Saare_Masina-traktorijaam, lk 3
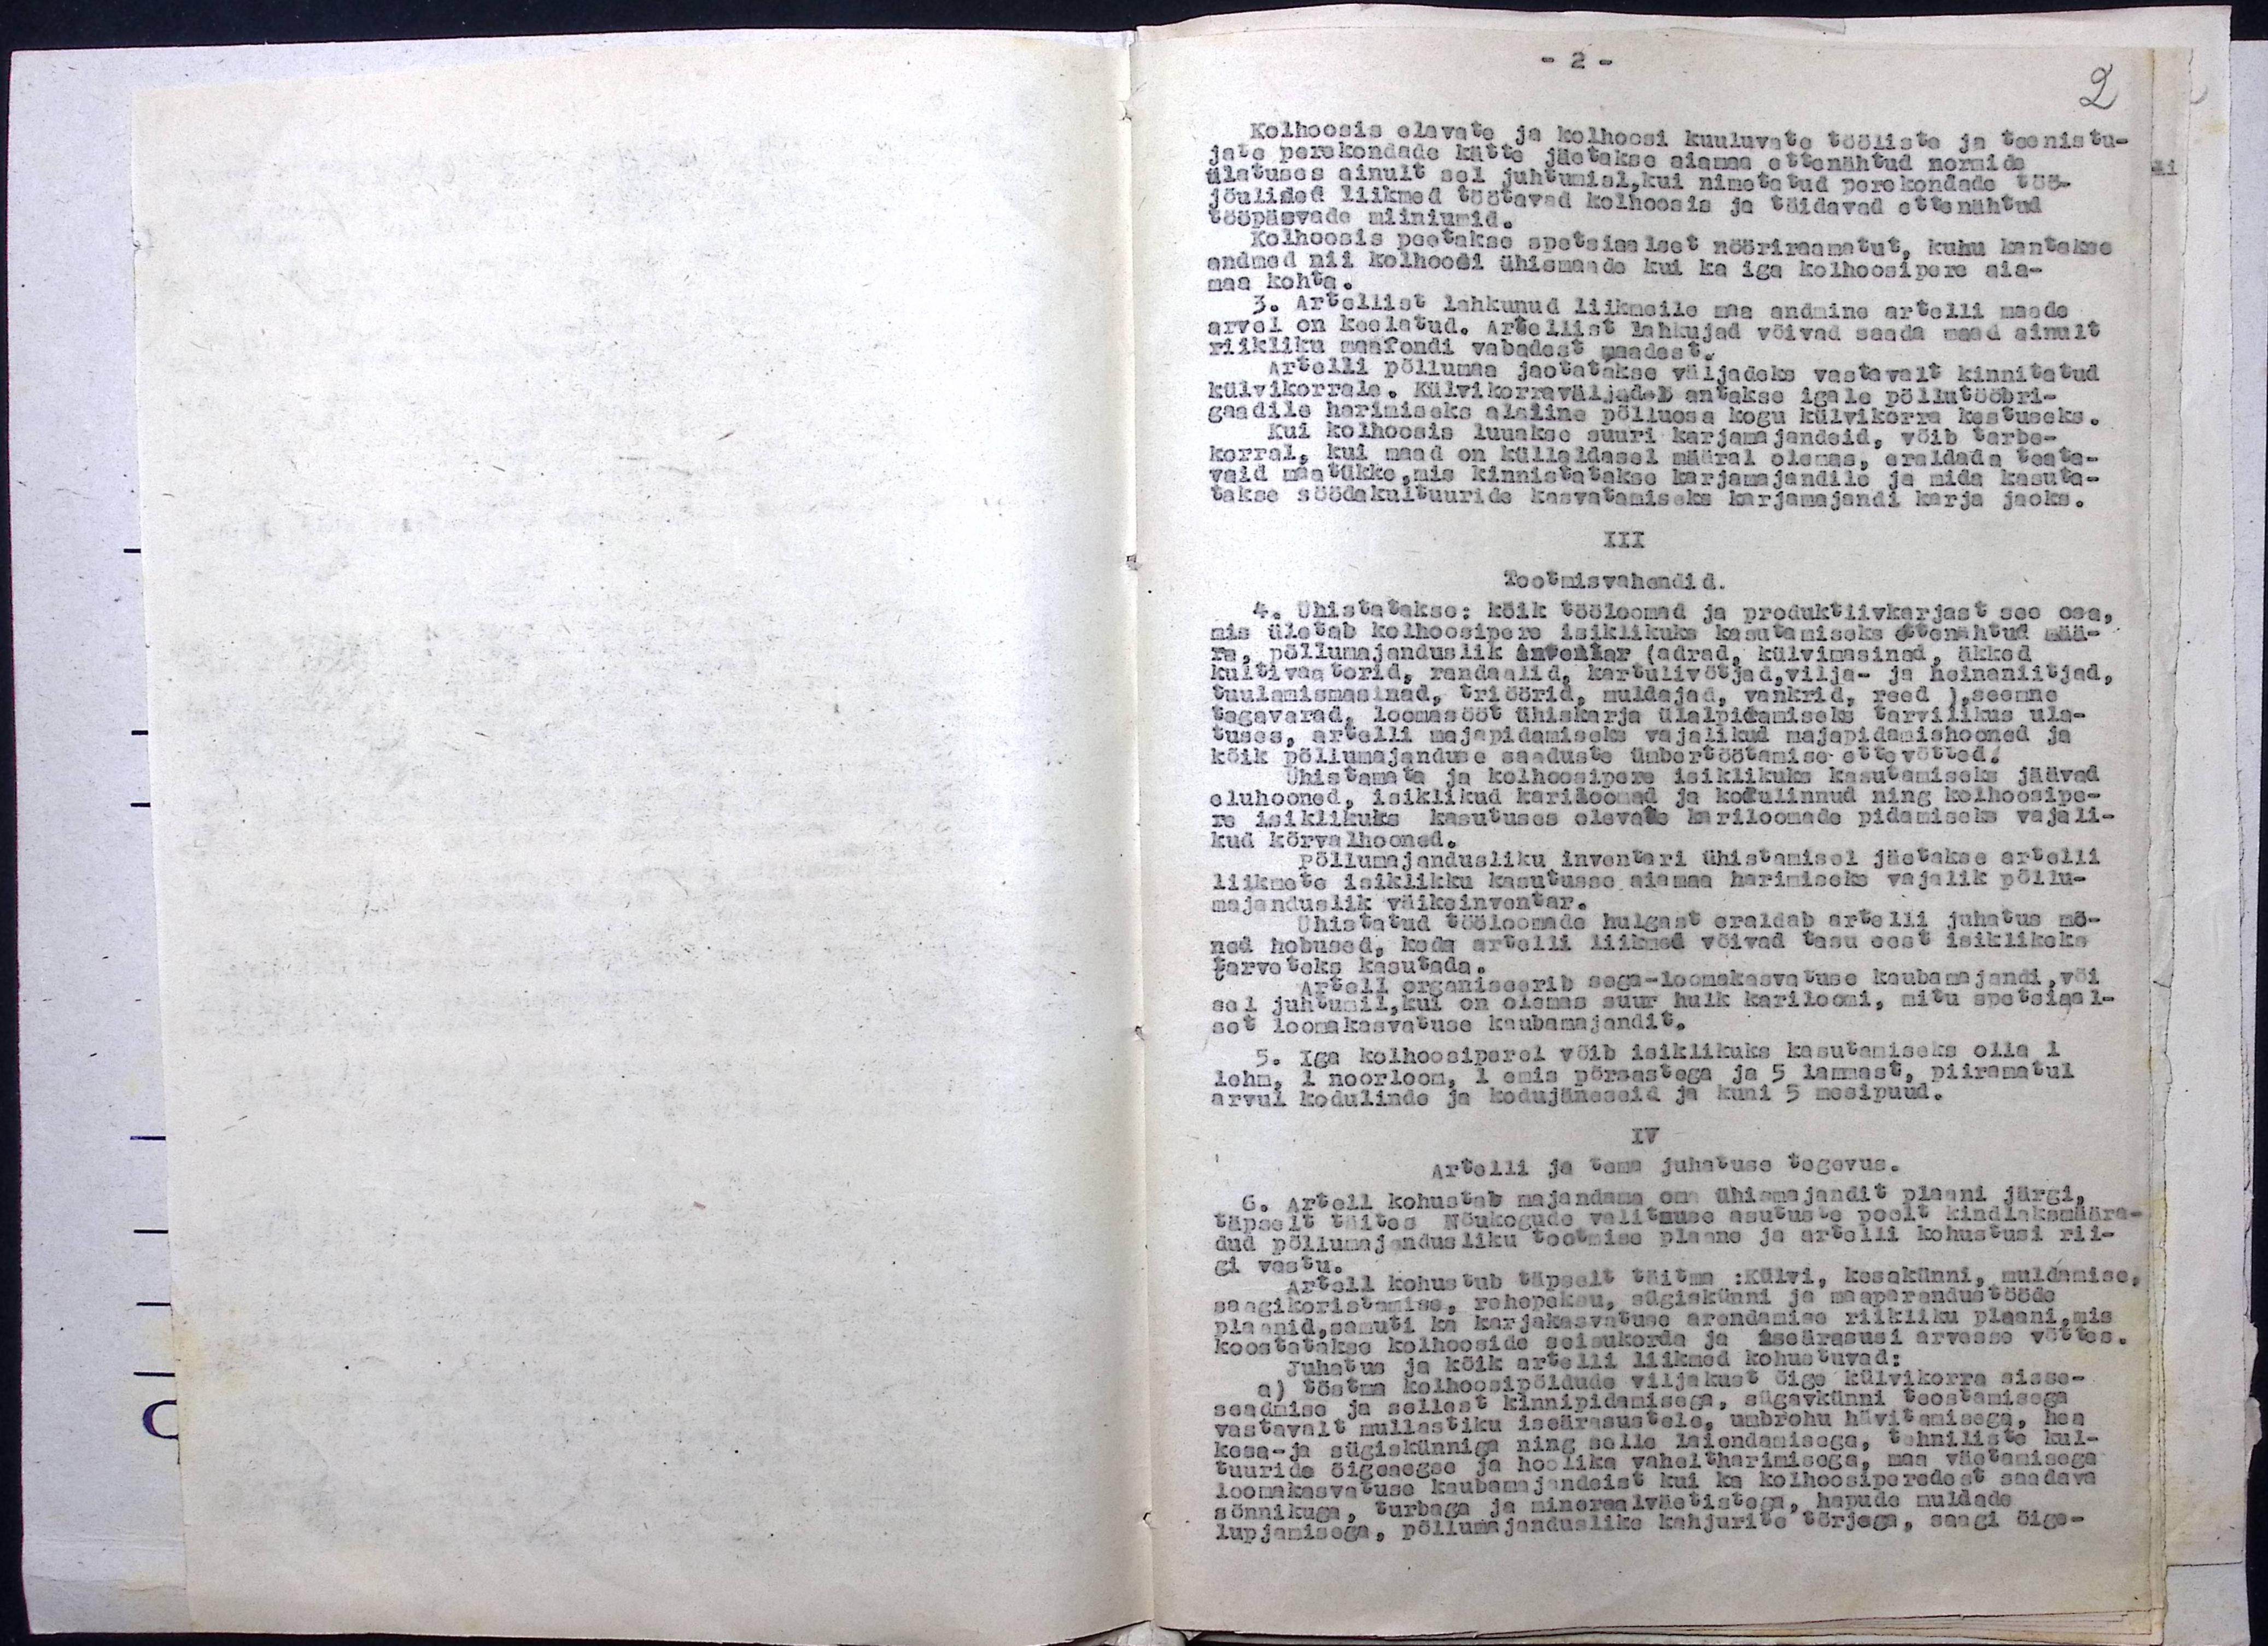
Kolhoosis elavate ja kolhoosi kuuluvate tööliste ja teenistu-
jate perekondade kätte jäetakse aiamaa ettenähtud normide
ületuses ainult sel juhtumisl, kui nimetatud perekondade töö
jõulised liikmed töötavad kolhoosis ja täidavad ettenähtud
tööpäevade miiniumid.
Kolhoosis peetakse spetsiaalset nööriraamatut, kuhu kantakse
andmed nii kolhoosi ühismaade kui ka iga kolhoosipere aia-
maa kohta.
3. Artellist lahkunud liikmeile maa andmine artelli maade
arvel on keelatud. Artellist lahkujad võivad saada maad ainult
riikliku maafondi vabadest maadest.
Artelli põllumaa jaotatakse väljadeks vastavalt kinnitatud
külvikorrale. Külvikorraväljadel antakse igale põllutööbri-
gaadile harimiseks alaline põlluosa kogu külvikorra kestuseks.
Kui kolhoosis luuakse suuri karjamajandeid, võib tarbe-
korral, kui maad on küllaldasel määral olemas, eraldada teata-
vaid maatükke, mis kinnistatakse karjamajandile ja mida kasuta-
takse söödakultuuride kasvatamiseks karjamajandi karja jaoks.
III
Tootmisvahendid.
4. Ühistatakse: kõik tööloomad ja produktiivkarjast see osa,
mis ületab kolhoosipere isiklikuks kasutamiseks ettenähtud mää-
ra, põllumajanduslik inventar (adrad, külvimasinud, äkked
kultivaatorid, randaalid, kartulivõtjad vilja- ja heinaniitjad,
tuulamismasinad, triöörid, muldajad, vankrid, reed), seemne
tagavarad, loomasööt ühiskarja üialpidamiseks tarvilikus ula-
tuses, artelli majapidamiseks vajalikul majapidamishooned ja
kõik põllumajanduse saaduste ümbertöötamise ettevõtted.
Ühistamata ja kolhoosipere isiklikule kasutamiseks jäävad
eluhooned, isiklikud kariloomad ja kodulinnud ning kolhoosipe-
re isiklikuks kasutuses olevate kariloomade pidamiseks vajali-
kud kõrvalhooned.
Põllumajandusliku inventari ühistamisel jäetakse artelli
liikmete isiklikku kasutusse aiamaa harimiseks vajalik põllu-
majanduslik väikeinventar.
Ühistatud tööloomade hulgast eraldab artelli juhatus mõ-
ned hobused, keda artelli liikmed võivad tasu eest isiklikeks
tarveteks kasutada.
Artell organiseerib sega-loomakasvatuse kaubamajandi, või
sel juhtumil, kui on olemas suur hulk kariloomi, mitu spetsiaal-
set loomakasvatuse kaubamajandit.
5. iga kolhoosiperel võib isiklikuks kasutamiseks olla 1
lehm, 1 noorloom, 1 emis põrsastega ja 5 lammast, piiramatul
arvul kodulinde ja kodujäneseid ja kuni 5 mesipuud.
IV
Artelli ja tema juhatuse tegevus.
6. Artell kohustab majandama oma ühismajanndit plaani järgi,
täpselt täites nõukogude valitsuse asutuste poolt kindlaksmäära-
dud põllumajandusliku tootmise plaane ja artelli kohustusi rii-
gi vastu.
Artell kohustab täpselt täitma:Külvi, kesakünni, muldamise,
saagikoristamise, rehepeksu, sügiskündi ja maaparandustööde
plaanid samuti ka karjakasvatuse arendamise riikliku plaani, mis
koostatakse kolhooside seisukorda ja iseärasusi arvesse võttes.
Juhatus ja kõik artelli liikmed kohustuvad:
a) tõstma kolhoosipõldude viljakust õige külvikorra sisse-
saadmise ja sellest kinnipidamisega, sügavkünni teostamisega
vastavalt mullastiku iseärasustele, umbrohu hävitamisega, hea
kesa- ja sügiskünniga ning selle laiendamisega, tehniliste kul-
tuuride õigeaegse ja hoolika vaheltharimisega, maa väetamisega
Loomakasvatuse kaubamajandeist kui ka kolhoosiperedest saadava
sõnnikuga, turbaga ja mineraalväetistega, hapude muldada
lupjamisega, põllumajanduslike kahjurite tõrjega, saagi õige-